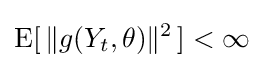
\operatorname {E} [\,\lVert g(Y_{t},\theta )\rVert ^{2}\,]<\infty